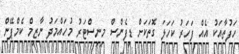
ހަފުތާއަކު އެއް ފަހަރު ކަހަލަ ގޮތަކަށް ޑިފެންސް މިނިސްޓަރު މުހައްމަދު ނާޒިމް ކެމްޕޭން